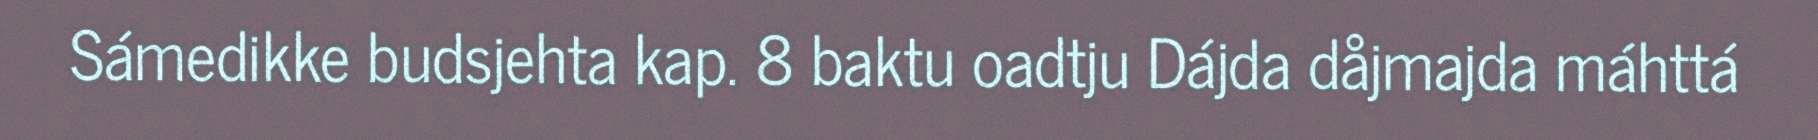
Sámedikke budsjehta kap. 8 baktu oadtju Dájda dåjmajda máhttá